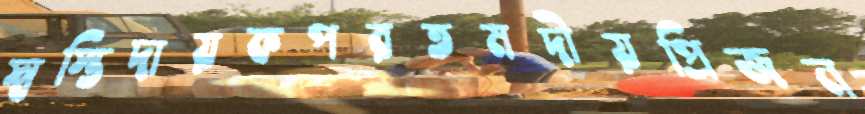
স্বস্তিদায়কপরতমদীয়প্রিজন